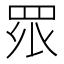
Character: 𭾪